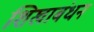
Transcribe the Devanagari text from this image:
शिखाबंधन